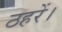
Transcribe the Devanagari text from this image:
ठहरें।